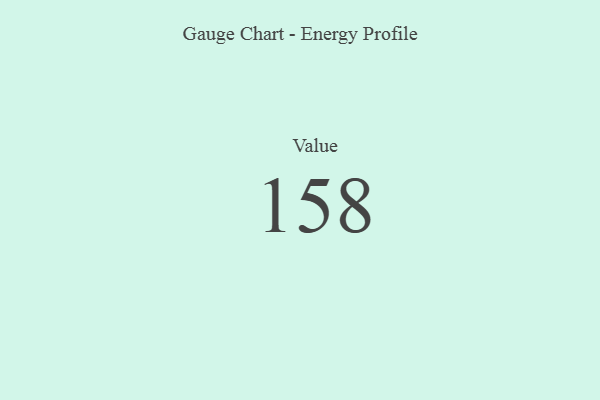
{"axis": {"x": "Metric", "y": "Value"}, "legend": [""], "data": [{"x": "Value", "y": 158, "type": ""}]}